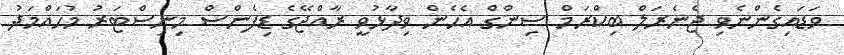
ވަޑައިގެންނެވި ޖެނެރަލް ބިކްރަމް ސިންގް އެހެން ވިދާޅުވީ ރާއްޖޭގެ ޑިފެންސް މިނިސްޓަރު މުހައްމަދު